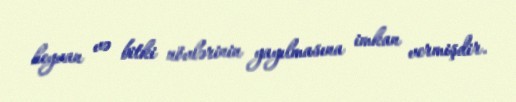
heyvan və bitki növlərinin yayılmasına imkan vermişdir.